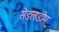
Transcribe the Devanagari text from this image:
सेडलडोम